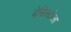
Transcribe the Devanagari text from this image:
बेसिस्टोला